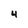
Character: 4